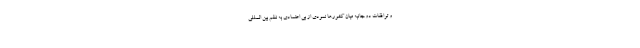
و توافقات دوجانبه میان کشورها نمودی از بی اعتمادی به نظم بین المللی